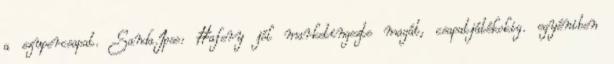
a szupercsapat. Sanda.Ipse: #afery jól marketingezte magát, csapatjátékokig. egyéniben